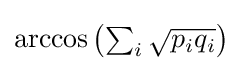
\textstyle \arccos \left(\sum _{i}{\sqrt {p_{i}q_{i}}}\right)